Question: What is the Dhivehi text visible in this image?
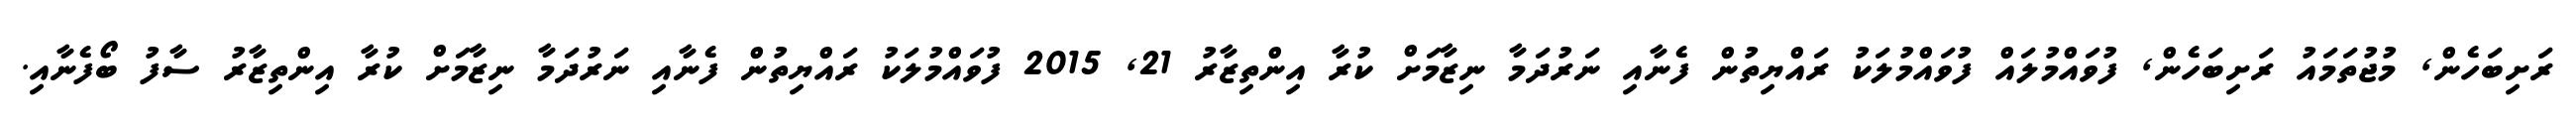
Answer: ރަށިބަހެން, މުޖުތަމައު ރަށިބަހެން, ފުވައްމުލައް ފުވައްމުލަކު ރައްޔިތުން ފެނާއި ނަރުދަމާ ނިޒާމަށް ކުރާ އިންތިޒާރު 21, 2015 ފުވައްމުލަކު ރައްޔިތުން ފެނާއި ނަރުދަމާ ނިޒާމަށް ކުރާ އިންތިޒާރު ސާފު ބޯފެނާއި.